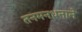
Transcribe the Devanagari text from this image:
तनमनधनाने